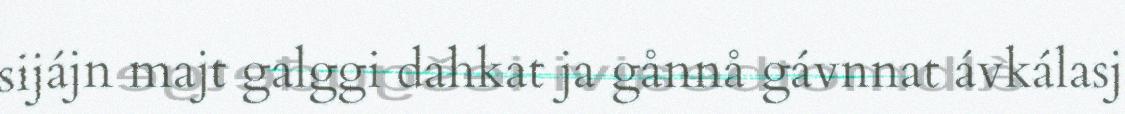
sijájn majt galggi dahkat ja gånnå gávnnat ávkálasj